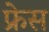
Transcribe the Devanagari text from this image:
फ्रेस